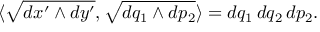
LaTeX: \langle \sqrt { d x ^ { \prime } \wedge d y ^ { \prime } } , \sqrt { d q _ { 1 } \wedge d p _ { 2 } } \rangle = d q _ { 1 } \, d q _ { 2 } \, d p _ { 2 } .